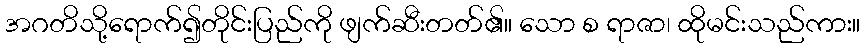
အဂတိသို့ရောက်၍တိုင်းပြည်ကို ဖျက်ဆီးတတ်၏။ သော စ ရာဇာ၊ ထိုမင်းသည်ကား။